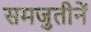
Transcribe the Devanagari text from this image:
समजुतीनें